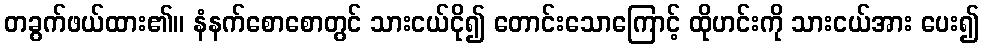
တခွက်ဖယ်ထား၏။ နံနက်စောစောတွင် သားငယ်ငို၍ တောင်းသောကြောင့် ထိုဟင်းကို သားငယ်အား ပေး၍